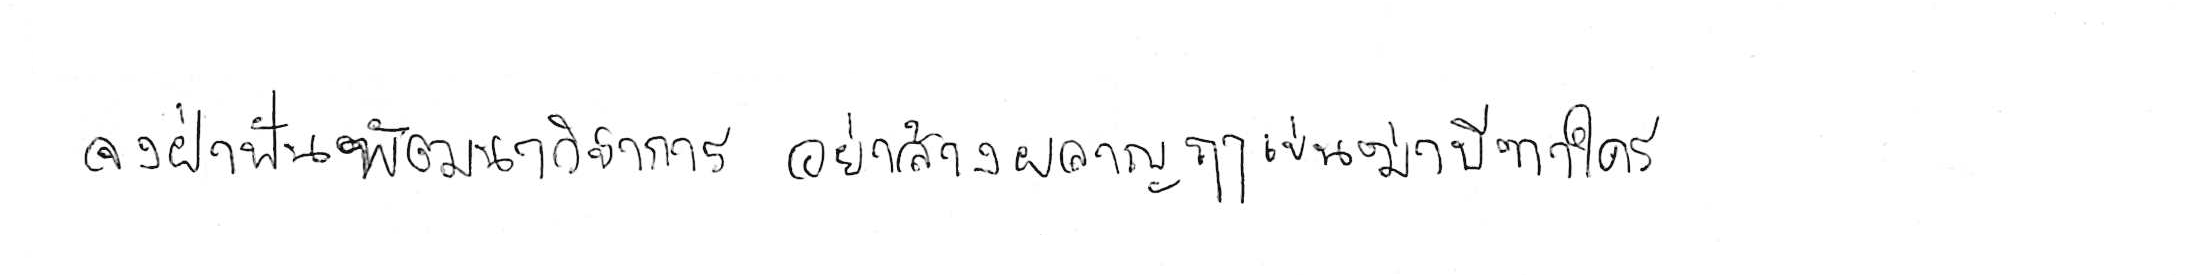
จงฝ่าฟันพัฒนาวิชาการ อย่าล้างผลาญฤๅเข่นฆ่าบีฑาใคร